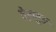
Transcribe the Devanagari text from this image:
हेइलुङ